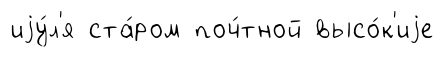
иjу́л'я ста́ром поч́тной высо́к'иjе